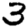
Digit: 3